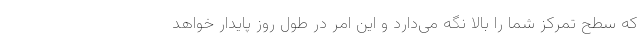
که سطح تمرکز شما را بالا نگه می‌دارد و این امر در طول روز پایدار خواهد